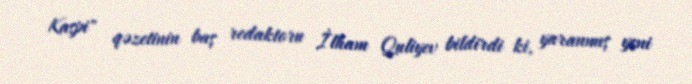
Kaspi" qəzetinin baş redaktoru İlham Quliyev bildirdi ki, yaranmış yeni